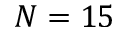
N = 1 5